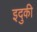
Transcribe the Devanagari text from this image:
इदुकी